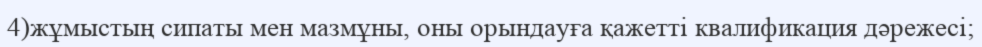
4)жұмыстың сипаты мен мазмұны, оны орындауға қажетті квалификация дәрежесі;